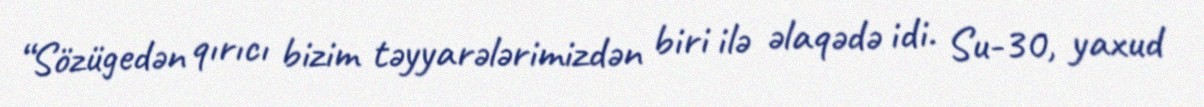
“Sözügedən qırıcı bizim təyyarələrimizdən biri ilə əlaqədə idi. Su-30, yaxud